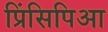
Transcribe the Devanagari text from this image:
प्रिंसिपिआ